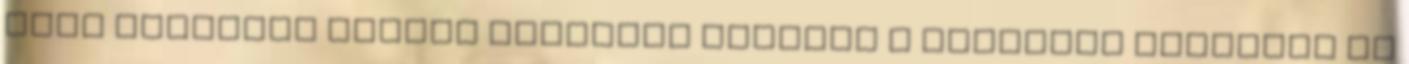
Hogy mennyire fontos szerepet játszik a vállalat életében az